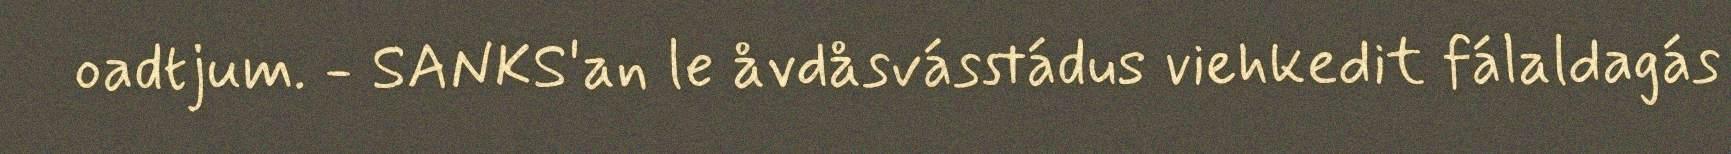
oadtjum. - SANKS'an le åvdåsvásstádus viehkedit fálaldagás